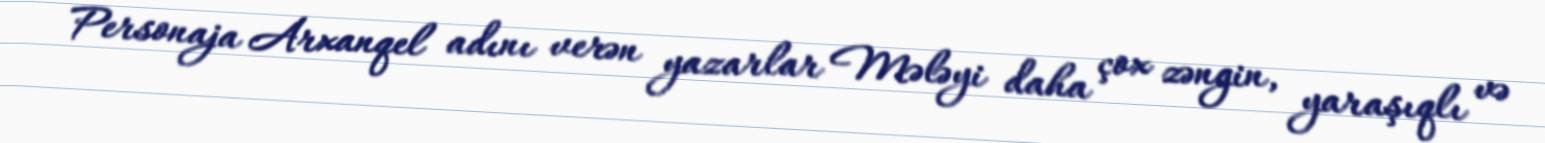
Personaja Arxanqel adını verən yazarlar Mələyi daha çox zəngin, yaraşıqlı və